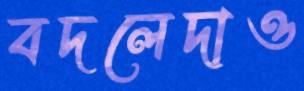
বদলেদাও